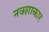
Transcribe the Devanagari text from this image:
नक्शाकार